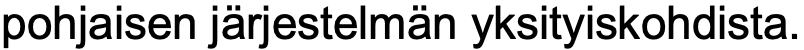
pohjaisen järjestelmän yksityiskohdista.